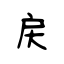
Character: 戻